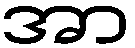
အာ